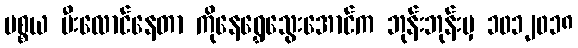
ပစ္စယ မီးလောင်နေတာ ကိုနေရွှေသွေးအောင်က ဘုန်းဘုန်းမှ ၁၀၁၂၀၁၈